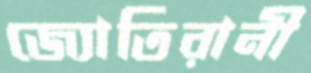
জ্যোতিরানী